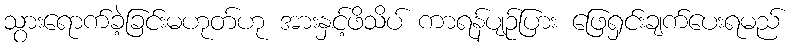
သွားရောက်ခဲ့ခြင်းမဟုတ်ဟု အားနှင့်ဖိသိပ် ကာရန်ပျဉ်ပြား ဖြေရှင်းချက်ပေးရမည်